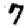
Digit: 7